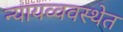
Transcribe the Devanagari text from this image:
न्यायव्ववस्थेत